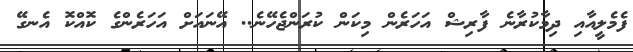
ފެމެލީއާއި ދިމާކުރާނެ ފާރިޝް އަހަރެން މިކަން ކުރަންޖެހޭނެ.. އޭނައަށް އަހަރެންގެ ކޮއްކޮ އެނގޭ